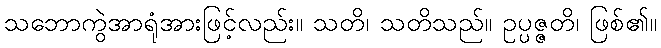
သဘောကွဲအာရုံအားဖြင့်လည်း။ သတိ၊ သတိသည်။ ဥပ္ပဇ္ဇတိ၊ ဖြစ်၏။